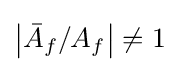
\left|{\bar {A}}_{f}/A_{f}\right|\neq 1